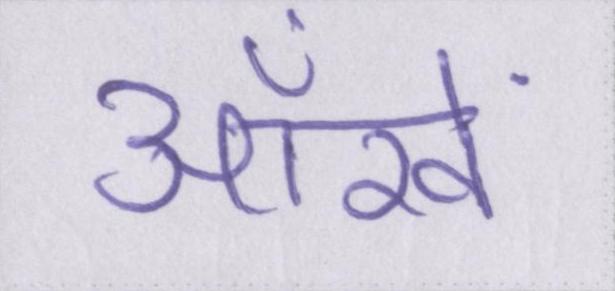
ऑंखें